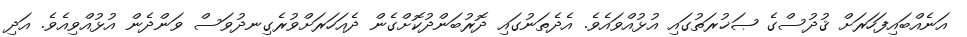
އަނެއްބައިފަހަރަށް ޤުދުސްގެ ޞަޚުރަތުގައި އުޅުއްވައެވެ. އެދެތަނުގައި ދޮރުބަންދުކޮށްގެން ދެއަހަރަށްވުރެގިނދުވަސް ވަންދެން އުޅުއްވިއެވެ. އަދި